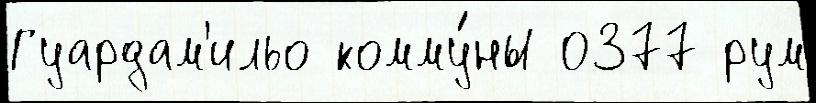
Гуардам'ильо комму́ны 0377 рум